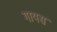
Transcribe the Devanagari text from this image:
गायस